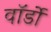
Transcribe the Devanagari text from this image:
वॉर्डो